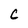
Character: c